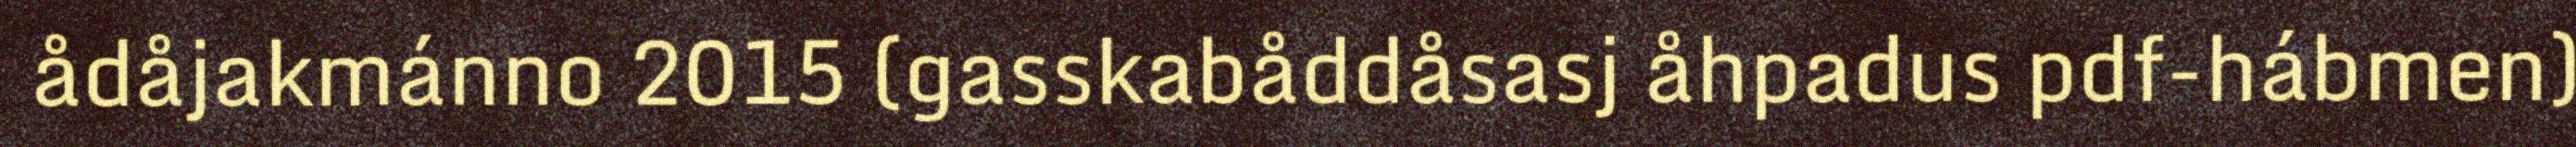
ådåjakmánno 2015 (gasskabåddåsasj åhpadus pdf-hábmen)